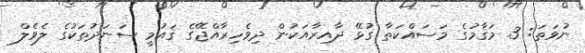
ނުވަތަ: 3. މަޤާމުގެ މަސައްކަތާ ގުޅޭ ދާއިރާއަކުން ދިވެހިރާއްޖޭގެ ޤައުމީ ސަނަދުތަކުގެ ލެވެލް